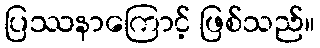
ပြဿနာကြောင့် ဖြစ်သည်။